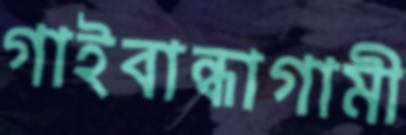
গাইবান্ধাগামী